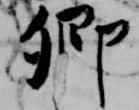
卿